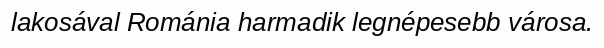
lakosával Románia harmadik legnépesebb városa.